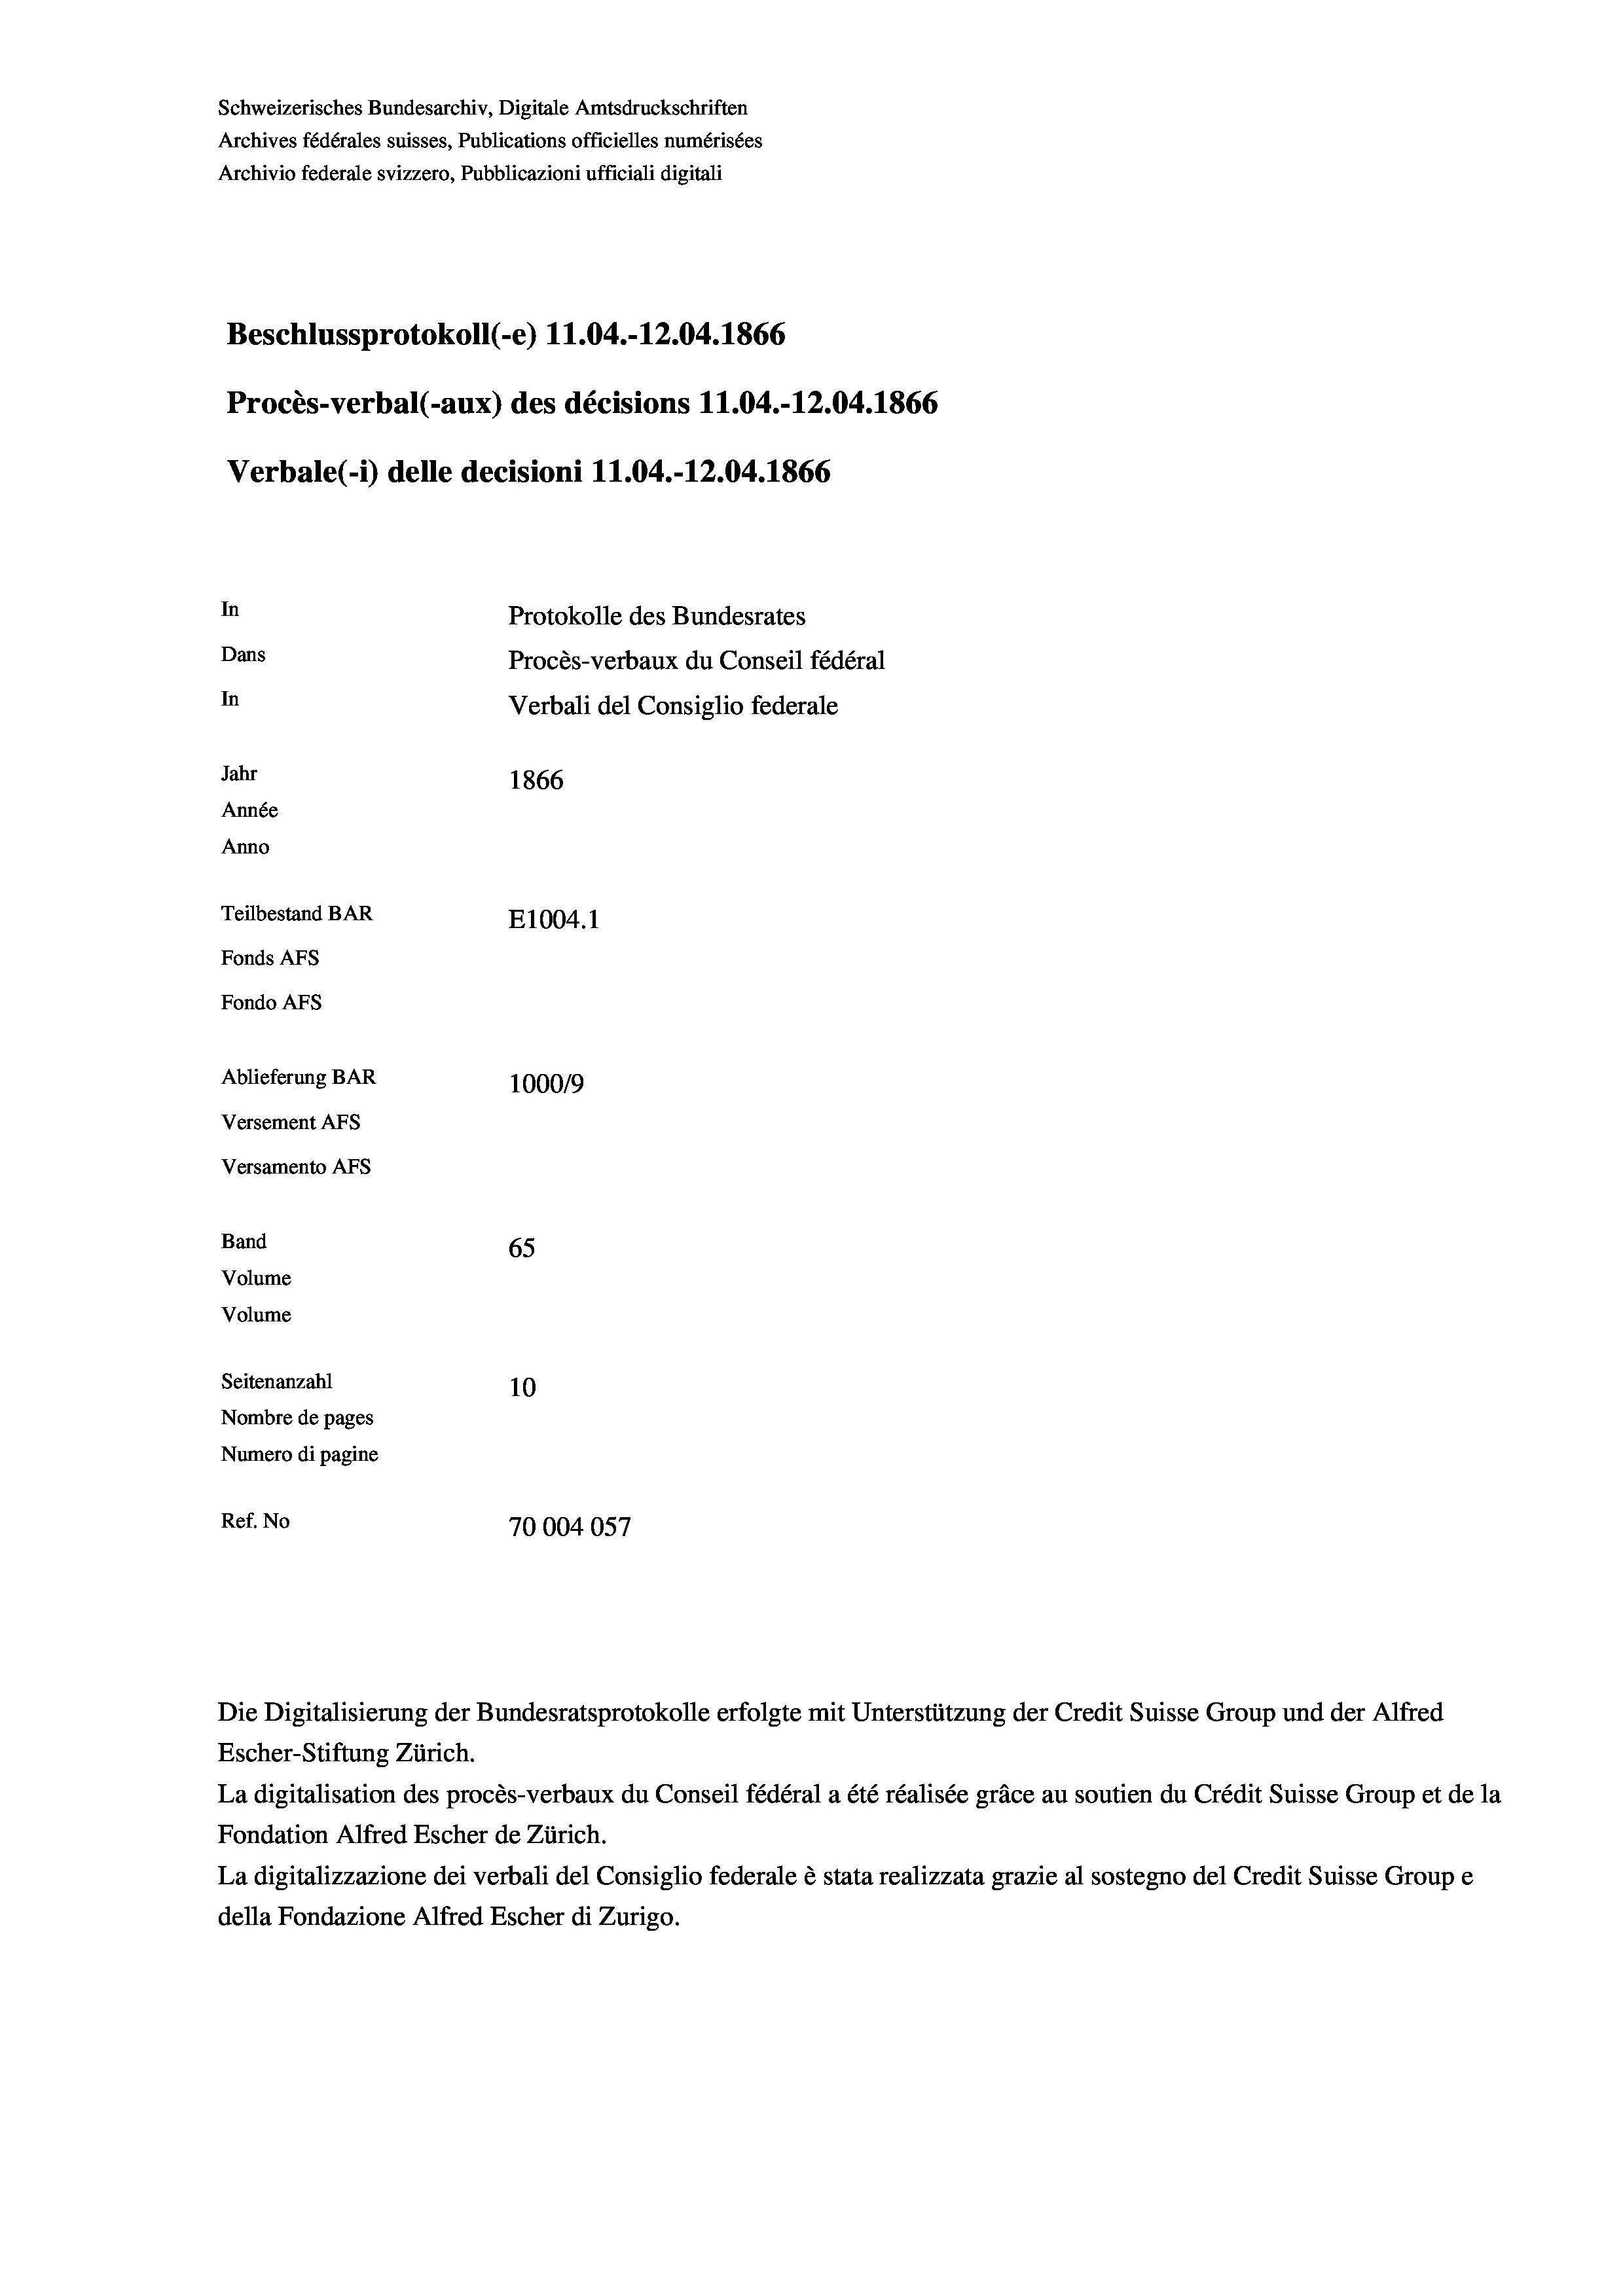
Schweizerisches Bundesarchiv, Digitale Amtsdruckschriften
Archives fédérales suisses, Publications officielles numérisées
Archivio federale svizzero, Pubblicazioni ufficiali digitali
Beschlussprotokoll (-e) 11.04.-12.04. 1866
Procès-verbal (-aux) des décisions 11.04.-12.04. 1866
Verbale (i) delle decisioni 11.04.-12.04. 1866
In
Protokolle des Bundesrates
Dans
Procès-verbaux du Conseil fédéral
In
Verbali del Consiglio federale
Jahr
1866
Année
Anno
Teilbestand BAR
E1004.1
Fonds AFs
Fondo AFS
Ablieferung BAR
100019
Versement AFs
Versamento AFs
Band
65
Volume
Volume

Seitenanzahl
10
Nombre de pages
Numero di pagine
Ref. No
70004057

Escher-Stiftung Zürich.
La digitalisation des procès-verbaux du Conseil fédéral a été réalisée gräce au soutien du Crédit Suisse Group et de la
Fondation Alfred Escher de Zürich.
La digitalizzazione dei verbali del Consiglio federale è stata realizzata grazie al sostegno del Credit Suisse Groupe
della Fondazione Alfred Escher di Zurigo.

Die Digitalisierung der Bundesratsprotokolle erfolgte mit Unterstützung der Credit Suisse Group und der Alfred